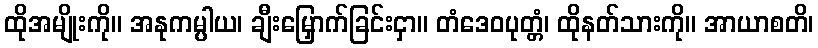
ထိုအမျိုးကို။ အနုကမ္ပါယ၊ ချီးမြှောက်ခြင်းငှာ။ တံဒေဝပုတ္တံ၊ ထိုနတ်သားကို။ အာယာစတိ၊